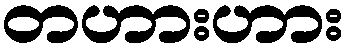
တဟားဟား